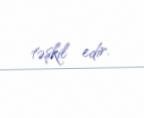
təşkil edir.